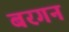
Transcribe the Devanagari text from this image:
बरगन